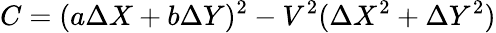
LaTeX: C=(a\Delta{X}+b\Delta{Y})^{2}-V^{2}(\Delta{X}^{2}+\Delta{Y}^{2})